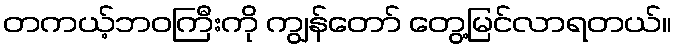
တကယ့်ဘဝကြီးကို ကျွန်တော် တွေ့မြင်လာရတယ်။